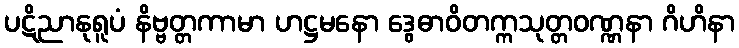
ပဋိညာနုရူပံ နိဗ္ဗတ္တကာမာ ဟဋ္ဌမနော ဒွေဓာဝိတက္ကသုတ္တဝဏ္ဏနာ ဂိဟိနာ